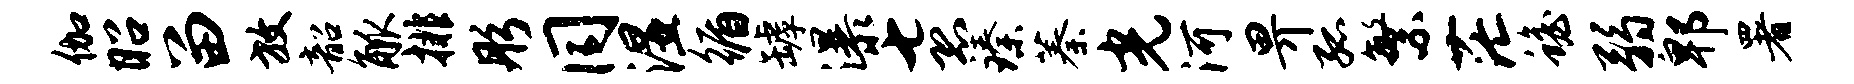
伽昭留放韶觚排彤同湿循罅瀑七恐臻蓁光河畀孤繁茫蟾弱郫署